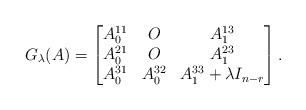
LaTeX: \begin{align*} G_{\lambda}(A)= \begin{bmatrix} A_0^{11} & O & A_1^{13} \\ A_0^{21} & O & A_1^{23} \\ A_0^{31} & A_0^{32} & A_1^{33} + \lambda I_{n-r}\end{bmatrix} .\end{align*}